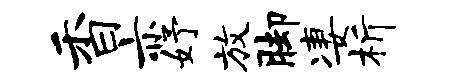
香亦妤放脚凄析